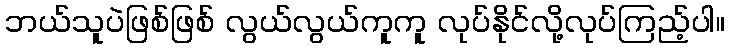
ဘယ်သူပဲဖြစ်ဖြစ် လွယ်လွယ်ကူကူ လုပ်နိုင်လို့လုပ်ကြည့်ပါ။